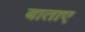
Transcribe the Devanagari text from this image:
बाताए